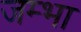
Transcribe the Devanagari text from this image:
जम्भा